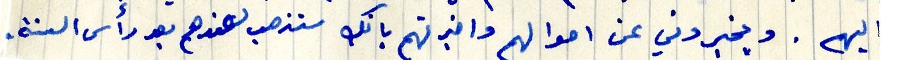
اليهم . ويخبروني عن احوالهم واخبرتهم بانك ستذهب لعندهم بعد رأس السنة.